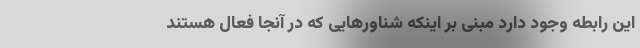
این رابطه وجود دارد مبنی بر اینکه شناورهایی که در آنجا فعال هستند